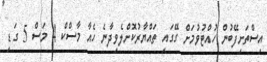
އިސްތަށިފޭބުން ހުއްޓުވުމަށް ގޭގައި ތައްޔާރުކޮށްލެވިދާނެ ހެއާ މާސްކް 4 މަސް 5 ގަޑި